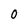
Character: 0